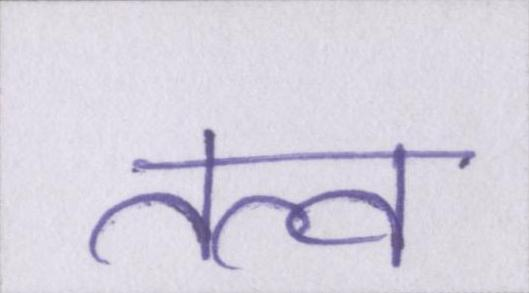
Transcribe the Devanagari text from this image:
तत्व